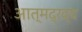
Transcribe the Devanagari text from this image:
आत्मद्रव्य